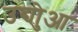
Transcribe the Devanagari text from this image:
उद्योुआ